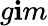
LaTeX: g\mathbf{i}m